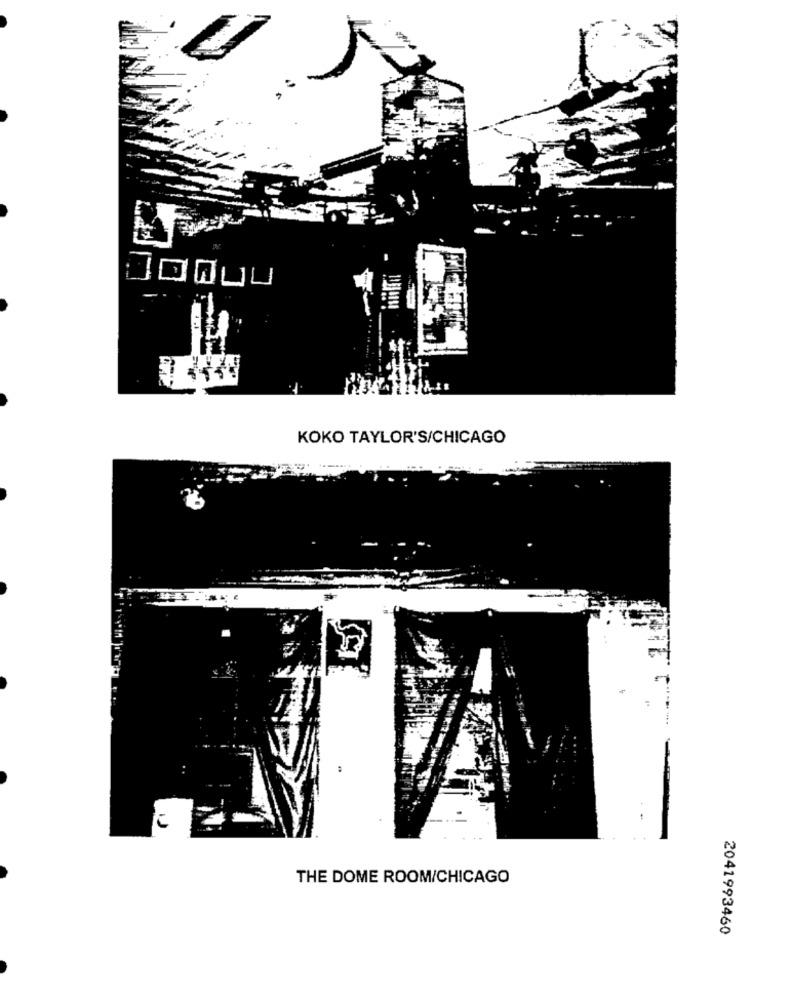
KOKO TAYLOR'S/CHICAGO
à i
THE DOME ROOM/CHICAGO
2041993460